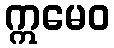
ဣမေဝ